画像に写った文字を読んでください
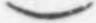
「)」と書いてあります